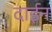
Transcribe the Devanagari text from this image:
दाईन